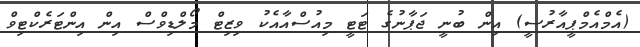
(އެމްއެމްޕީއާރުސީ) އިން ބުނީ ޖަޕާނުގެ ޓަޓީ މިއުސްއާއެކު ވިޒިޓް މޯލްޑިވްސް އިން އިންޓަރެކްޓިވް